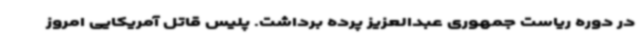
در دوره ریاست جمهوری عبدالعزیز پرده برداشت. پلیس قاتل آمریکایی امروز